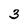
Character: 3